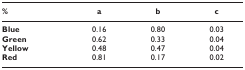
<table><thead><tr><td><b>%</b></td><td><b>a</b></td><td><b>b</b></td><td><b>c</b></td></tr></thead><tbody><tr><td><b>Blue</b></td><td>0.16</td><td>0.80</td><td>0.03</td></tr><tr><td><b>Green</b></td><td>0.62</td><td>0.33</td><td>0.04</td></tr><tr><td><b>Yellow</b></td><td>0.48</td><td>0.47</td><td>0.04</td></tr><tr><td><b>Red</b></td><td>0.81</td><td>0.17</td><td>0.02</td></tr></tbody></table>